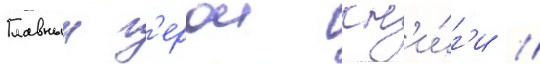
Главныи г'ерои кн'и́г'и /